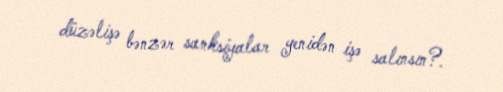
düzəlişə bənzər sanksiyalar yenidən işə salınsın?.